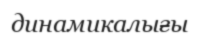
динамикалығы